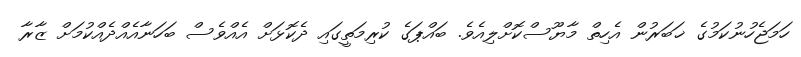
ހަމަޖެހުނުކަމުގެ ޚަބަރުން އެހިތް މާޔޫސްކޮށްލިއެވެ. ބައްޕަގެ ކުރިމަތީގައި ދެކޮޅަށް އެއްވެސް ބަހަނާއެއްދެއްކުމަށް ޒާރާ